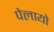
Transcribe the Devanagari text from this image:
पेलायो